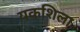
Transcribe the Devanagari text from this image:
यकशिला